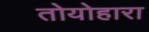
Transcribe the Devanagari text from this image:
तोयोहारा